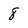
Character: 8